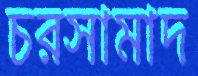
চরসামাদ